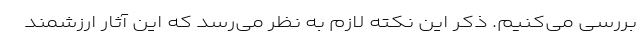
بررسی می‌کنیم. ذکر این نکته لازم به نظر می‌رسد که این آثار ارزشمند